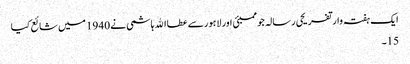
ایک ہفتہ وار تفریحی رسالہ جو ممبئی اور لاہور سے عطااﷲ ہاشمی نے 1940 میں شائع کیا
15۔